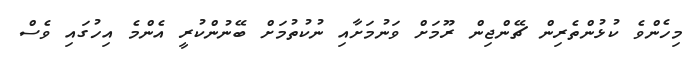
މިހެންވެ ކުޅުންތެރިން ޗޭންޖިން ރޫމަށް ވަނުމަށާއި ނުކުތުމަށް ބޭނުންކުރީ އެންމެ އިހުގައި ވެސް